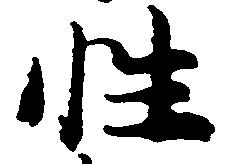
性